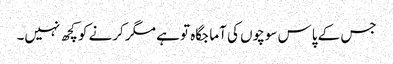
جس کے پاس سوچوں کی آما جگاہ تو ہے مگر کرنے کو کچھ نہیں۔